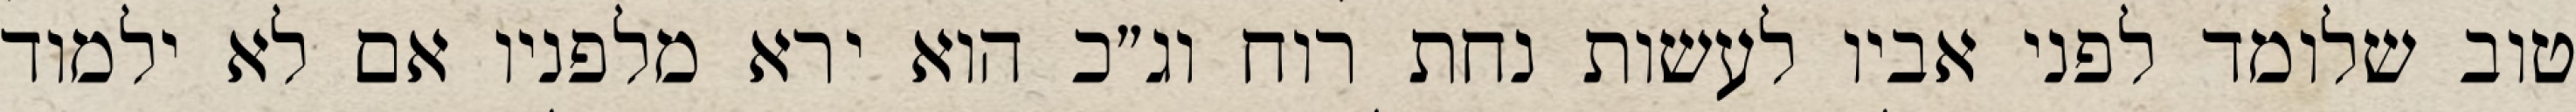
טוב שלומד לפני אביו לעשות נחת רוח וג״כ הוא ירא מלפניו אם לא ילמוד